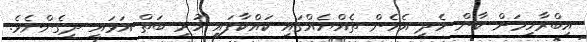
އިބްރާހިމަށް ކާން ހެދީ އެހެން ތެއްޔެއްގައި ކައްކާފައި ހުރި ބަތް އަޅައި ދީގެންނެވެ.